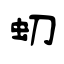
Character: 虭